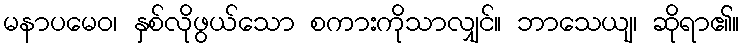
မနာပမေဝ၊ နှစ်လိုဖွယ်သော စကားကိုသာလျှင်။ ဘာသေယျ၊ ဆိုရာ၏။